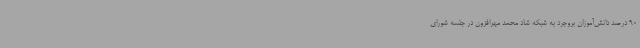
90 درصد دانش‌آموزان بروجرد به شبکه شاد محمد مهرافزون در جلسه شورای